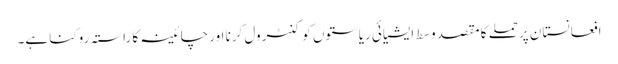
افعانستان پرحملے کا مقصد وسط ایشیائی ریاستوں کو کنٹرول کرنا اور چائینہ کا راستہ روکنا ہے۔